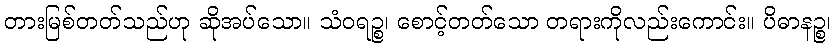
တားမြစ်တတ်သည်ဟု ဆိုအပ်သော။ သံဝရဉ္စ၊ စောင့်တတ်သော တရားကိုလည်းကောင်း။ ပိဓာနဉ္စ၊